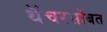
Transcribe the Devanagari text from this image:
थॅचरसोबत